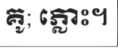
គូ; ភ្លោះ។